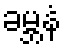
ခမ္ဘနံ